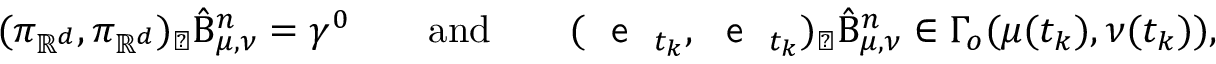
( \pi _ { \mathbb { R } ^ { d } } , \pi _ { \mathbb { R } ^ { d } } ) _ { \sharp } \hat { \Beta } _ { \mu , \nu } ^ { n } = \gamma ^ { 0 } \qquad \mathrm { a n d } \qquad ( \textnormal { \textsf { e } } _ { t _ { k } } , \textnormal { \textsf { e } } _ { t _ { k } } ) _ { \sharp } \hat { \Beta } _ { \mu , \nu } ^ { n } \in \Gamma _ { o } ( \mu ( t _ { k } ) , \nu ( t _ { k } ) ) ,